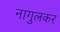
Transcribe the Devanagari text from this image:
नागुलकर